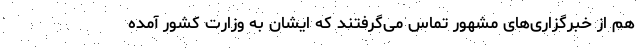
هم از خبرگزاری‌های مشهور تماس می‌گرفتند که ایشان به وزارت کشور آمده